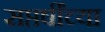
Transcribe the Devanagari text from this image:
सप्तर्षींच्या